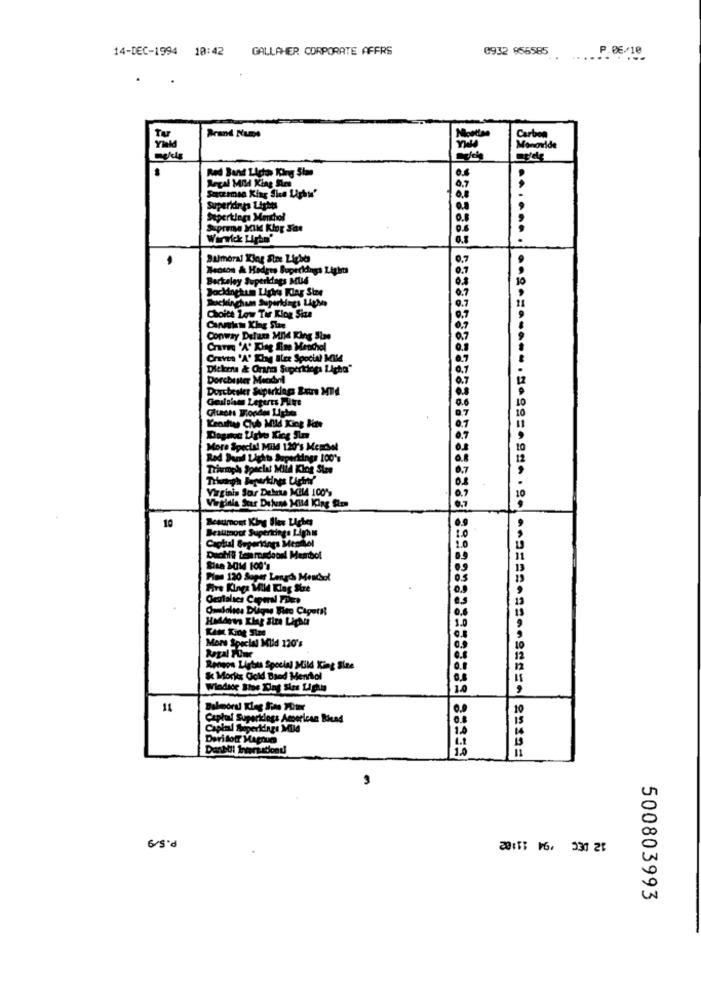
14-DEC-1994 10:42
GALLAHER CORPORATE AFFRS
0932 956585
.... . P. 06/10
Tu
Brand Nus
Montan
Carbon
Yıl
Menoride
mekle
Red Band Liches King Sime
Regal Mild King fre
actemsa King Sha Liphu'
Superinps Lights
Sepertiog Menchol
Sulmeral Klar Size Light
Neoton & Haders Superkings Light
Berkeley Superidags MU4
Backinchun Liphy King Size
Buckingham Superkings Ligh
Choitt Low Tir Klog Size
Carvalam King She
Conway Deluns Mil King Size
CraTre 'A' King fine Menchol
Craven 'A' Khay Slee Spocial MIM
Dickes & Orann Superkinga Light"
Dorchester Meadnl
Geslpien Leperes Faire
Guests Tiondes Lighe
Kenthe Chub Mild King kan
More Special Mild 120's Merchel
Rad Dund Lights Supertings 100%
Triumph Special Mild King Size
Virginis for Delete Mil4 100%
Virginia Scar Deluns Mild King Sim
Beaumont King Bles Liches
10
Beaumont Supertings Lights
Captial Beperkings Menmiel
Duch# Soamadood! Menbol
Sine 3-014 100's
Pine 120 Super Longch Mendol
Fire Kinga Mil King Stre
Camdalsos Dligne Bien Capetit
HMMdots Klag Sira Light
More Special Mild 120's
Regal Pour
Reneon Lights Special Mild King Size
& Morir Gold Band Mentol
11
Captaf Superkings American Biend
Caplul Superidags Mid
Davidoff Magnum
.::===····· 2 ============- 22322
500803993